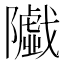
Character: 𱀼